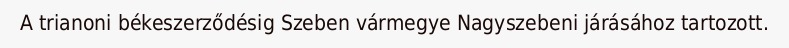
A trianoni békeszerződésig Szeben vármegye Nagyszebeni járásához tartozott.